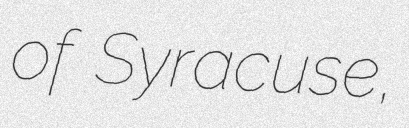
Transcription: of Syracuse,